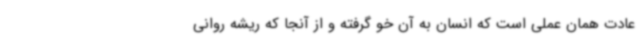
عادت همان عملی است که انسان به آن خو گرفته و از آنجا که ریشه روانی